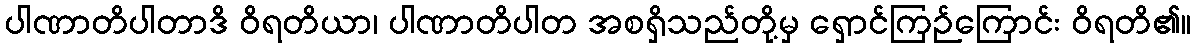
ပါဏာတိပါတာဒိ ဝိရတိယာ၊ ပါဏာတိပါတ အစရှိသည်တို့မှ ရှောင်ကြဉ်ကြောင်း ဝိရတိ၏။